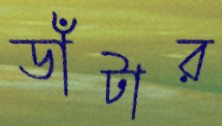
ডাঁটার